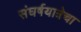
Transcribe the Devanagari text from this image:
संघर्षयात्रेचा